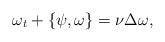
LaTeX: \begin{align*}\omega_t + \{\psi, \omega\} =\nu \Delta \omega,\end{align*}